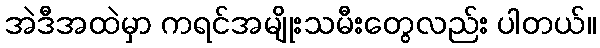
အဲဒီအထဲမှာ ကရင်အမျိုးသမီးတွေလည်း ပါတယ်။